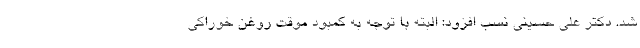
شد. دکتر علی حسینی نسب افزود: البته با توجه به کمبود موقت روغن خوراکی